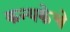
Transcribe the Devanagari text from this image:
कन्यकेचे